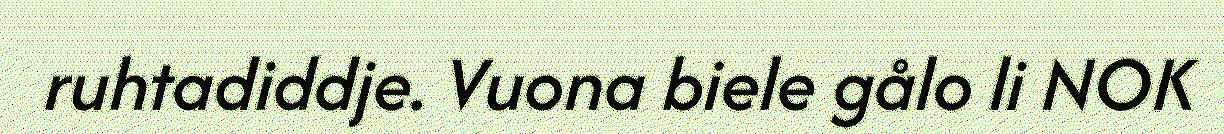
ruhtadiddje. Vuona biele gålo li NOK